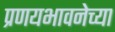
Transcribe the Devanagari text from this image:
प्रणयभावनेच्या